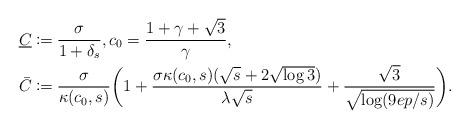
LaTeX: \begin{align*} \underline C &\coloneqq \frac{\sigma}{1+\delta_s}, c_0 = \frac{1+\gamma + \sqrt 3}{\gamma}, \\ \bar C &\coloneqq \frac{\sigma}{\kappa(c_0, s)} \bigg( 1+ \frac{\sigma \kappa(c_0,s) ( \sqrt s + 2\sqrt{\log3} ) }{\lambda \sqrt s} + \frac{\sqrt 3}{\sqrt{\log(9ep/s)}} \bigg) .\end{align*}